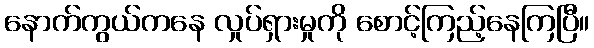
နောက်ကွယ်ကနေ လှုပ်ရှားမှုကို စောင့်ကြည့်နေကြပြီ။